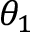
\theta _ { 1 }